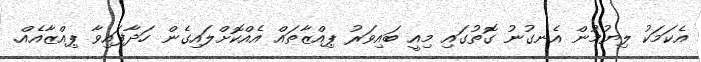
އެކަމަކު ލިޔުމުން އެނގުނު ގޮތުގައި މިއީ ބައިވަރު ޕިއްޒާތައް އެއްކޮށްލައިގެން ހަދާފައިވާ ޕިއްޒާއެއް.